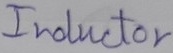
Text: Inductor